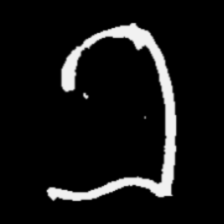
Pyu character \u2014 Myanmar letter: ခ (romanized: kha)